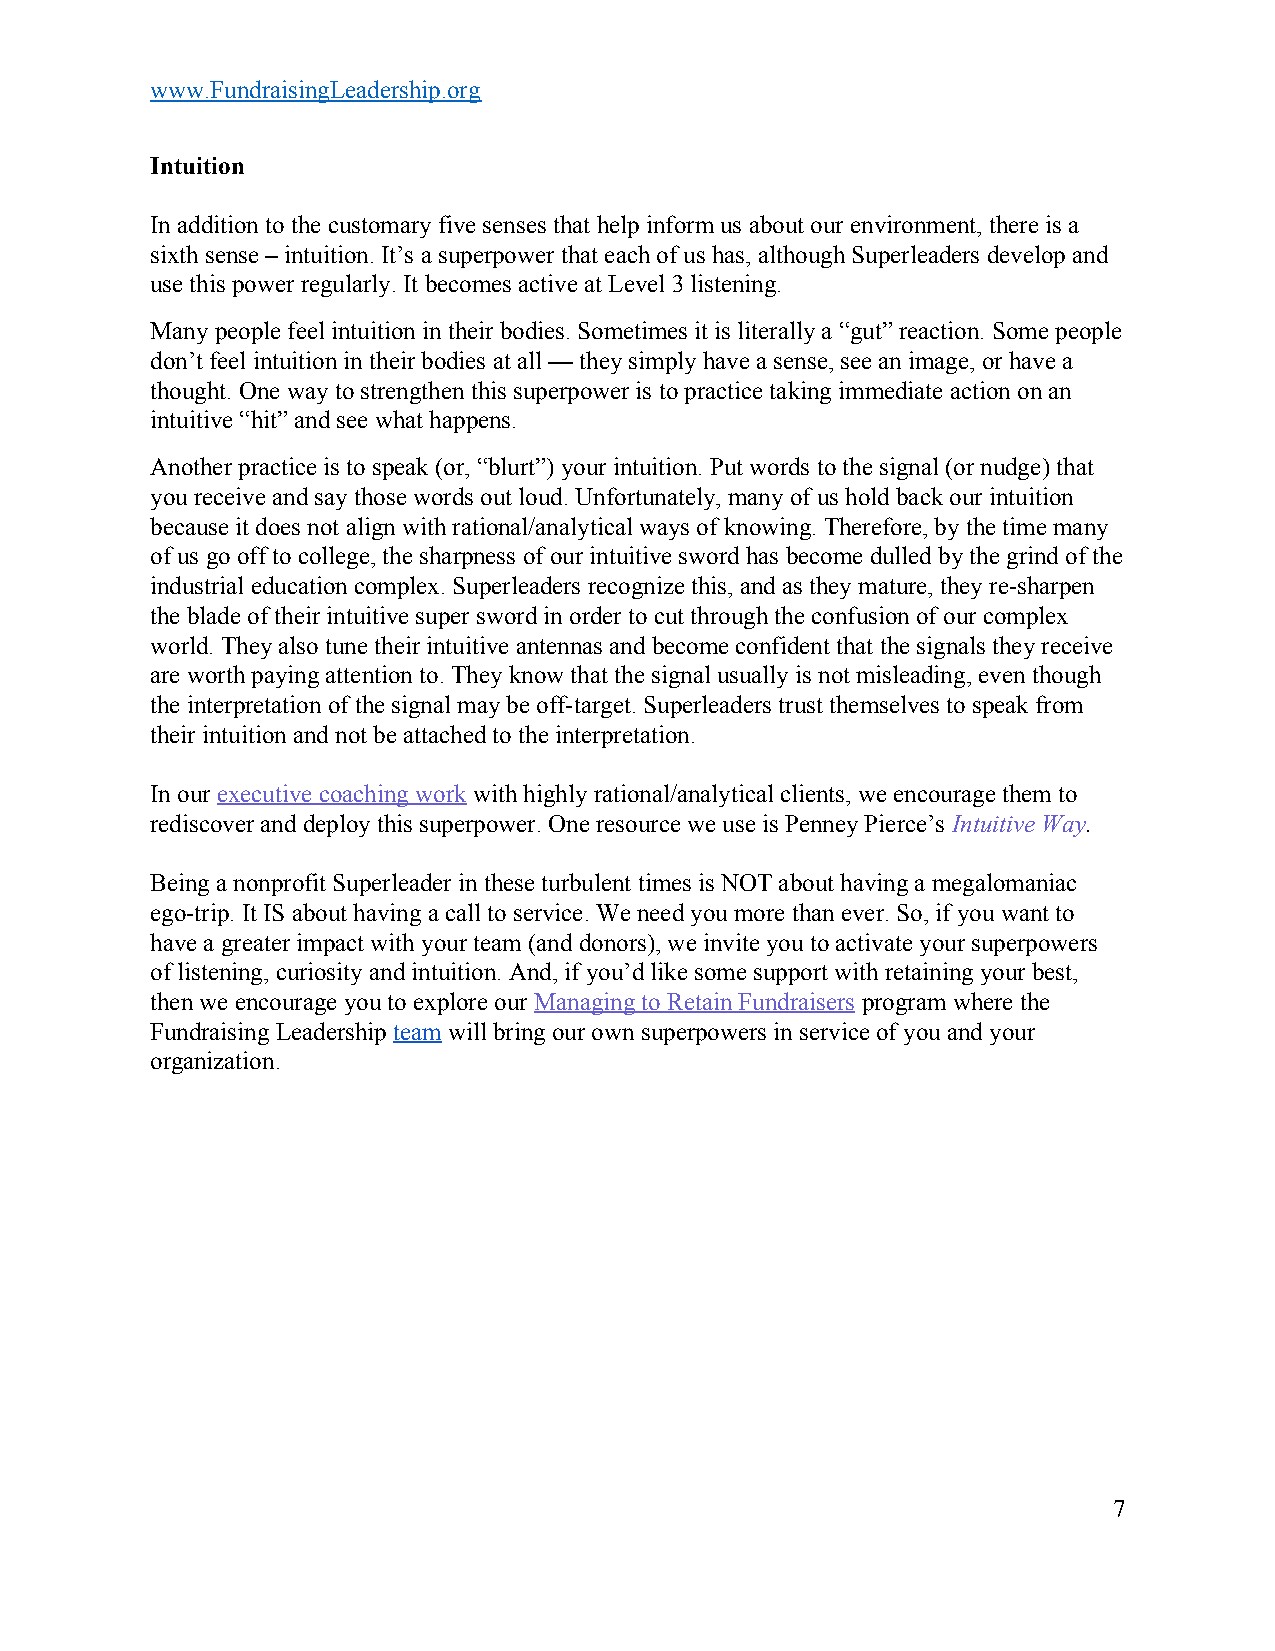
www.FundraisingLeadership.org
 Intuition
 In addition to the customary five senses that help inform us about our environment, there is a
 sixth sense – intuition. It’s a superpower that each of us has, although Superleaders develop and
 use this power regularly. It becomes active at Level 3 listening.
 Many people feel intuition in their bodies. Sometimes it is literally a “gut” reaction. Some people
 don’t feel intuition in their bodies at all — they simply have a sense, see an image, or have a
 thought. One way to strengthen this superpower is to practice taking immediate action on an
 intuitive “hit” and see what happens.
 Another practice is to speak (or, “blurt”) your intuition. Put words to the signal (or nudge) that
 you receive and say those words out loud. Unfortunately, many of us hold back our intuition
 because it does not align with rational/analytical ways of knowing. Therefore, by the time many
 of us go off to college, the sharpness of our intuitive sword has become dulled by the grind of the
 industrial education complex. Superleaders recognize this, and as they mature, they re-sharpen
 the blade of their intuitive super sword in order to cut through the confusion of our complex
 world. They also tune their intuitive antennas and become confident that the signals they receive
 are worth paying attention to. They know that the signal usually is not misleading, even though
 the interpretation of the signal may be off-target. Superleaders trust themselves to speak from
 their intuition and not be attached to the interpretation.
 In our executive coaching work with highly rational/analytical clients, we encourage them to
 ​                ​
 rediscover and deploy this superpower. One resource we use is Penney Pierce’s Intuitive Way.
 ​        ​
 Being a nonprofit Superleader in these turbulent times is NOT about having a megalomaniac
 ego-trip. It IS about having a call to service. We need you more than ever. So, if you want to
 have a greater impact with your team (and donors), we invite you to activate your superpowers
 of listening, curiosity and intuition. And, if you’d like some support with retaining your best,
 then we encourage you to explore our Managing to Retain Fundraisers program where the
 ​                     ​
 Fundraising Leadership team will bring our own superpowers in service of you and your
 ​  ​
 organization.
 7